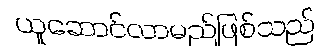
ယူဆောင်လာမည်ဖြစ်သည်